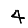
Digit: 4